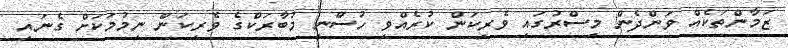
ޒަމާންތަކެއް ވަންދެން މިސްރުގައި ވެރިކަން ކުރެއްވި ހުސްނީ މުބާރަކްގެ ވެރިކަން ނިމުމަކަށް ގެނައި